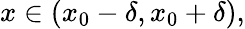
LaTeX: x\in(x_{0}-\delta,x_{0}+\delta),